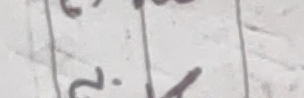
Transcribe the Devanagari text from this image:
२.१